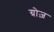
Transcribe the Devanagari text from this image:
ग्रोज़